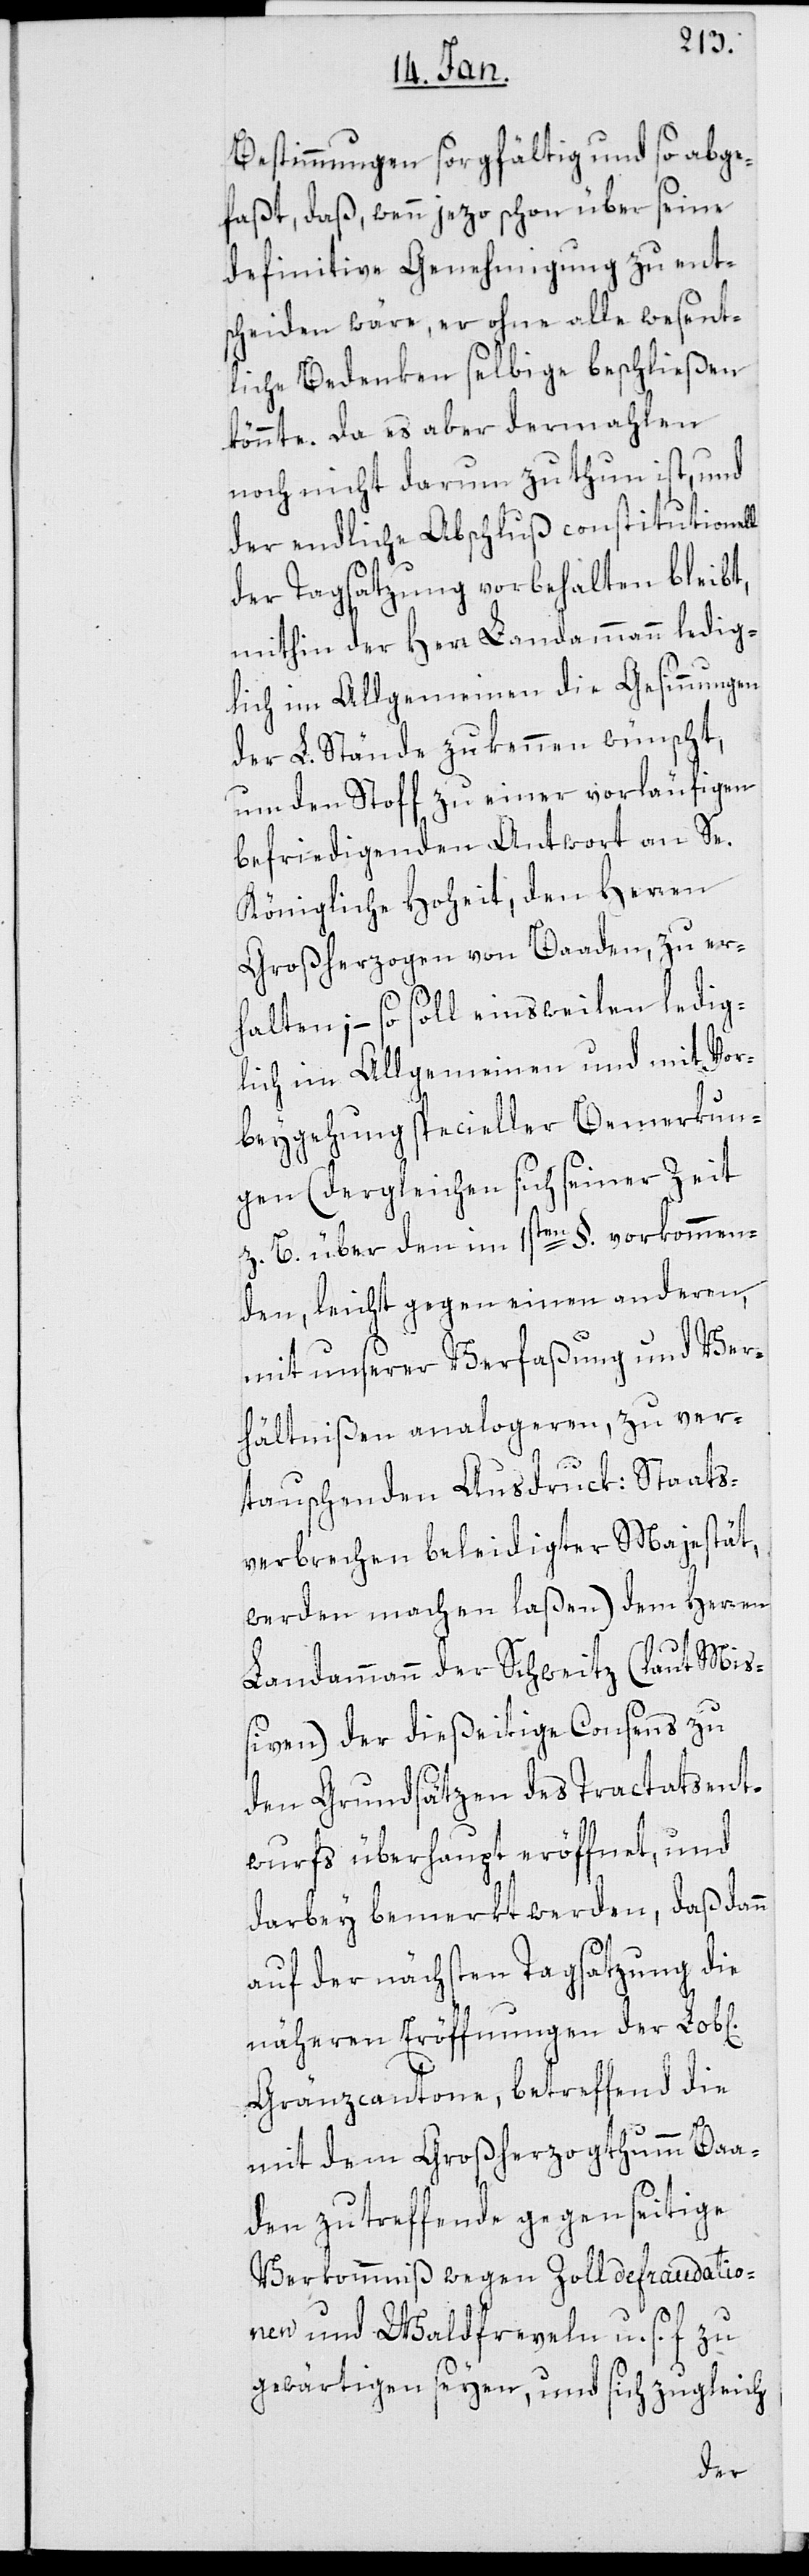
Bestimmungen sorgfältig und so abge¬
faßt, daß, wenn jezo schon über seine
definitive Genehmigung zu ent¬
scheiden wäre, er ohne alle wesent¬
liche Bedenken selbige beschließen
könnte. Da es aber dermahlen
noch nicht darum zu thun ist, und
der endliche Abschluß constitutionell
der Tagsatzung vorbehalten bleibt,
mithin der Herr Landammann ledig¬
lich im Allgemeinen die Gesinnungen
der L. Stände zu erkennen wünscht,
um den Stoff zu einer vorläufigen
befriedigenden Antwort an Se.
Königliche Hoheit, den Herren
Großherzogen von Baaden, zu er¬
halten; – so soll einstweilen ledig¬
lich im Allgemeinen und mit Vor¬
beygehung specieller Bemerkun¬
gen (dergleichen sich seiner Zeit
z. B. über den im 1sten §. vorkommen¬
den, leicht gegen einen anderen,
mit unserer Verfaßung und Ver¬
hältnißen analogeren, zu ver¬
tauschenden Ausdruck: Staats¬
verbrechen beleidigter Majestät,
werden machen laßen) dem Herren
Landammann der Schweitz (laut Mi¬
ßiven) der dießeitige Consens zu
den Grundsätzen des Tractatsent¬
wurfs überhaupt eröffnet, und
darbey bemerkt werden, daß dann
auf der nächsten Tagsatzung die
näheren Eröffnungen der Lob[li¬
Gränzcantone, betreffend die
mit dem Großherzogthumm Baa¬
den zutreffende gegenseitige
Verkommnis wegen Zolldefraudatio¬
nen und Waldfreveln u. s. f.
gewärtigen seyen, und sich zugleich
chen]